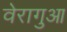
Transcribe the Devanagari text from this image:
वेरागुआ